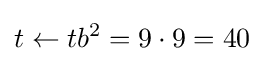
t\leftarrow tb^{2}=9\cdot 9=40